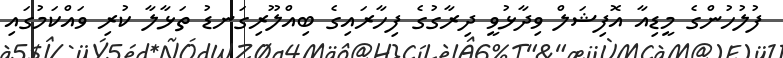
ފުލުހުންގެ މީޑިއާ އޮފިޝަލް ވިދާޅުވީ ދިރާގުގެ ފިހާރައިގެ ބިއްލޫރިގަނޑު ތަޅާލާ ކުރި ވައްކަމުގައި